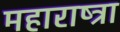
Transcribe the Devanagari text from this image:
महाराष्त्रा